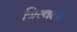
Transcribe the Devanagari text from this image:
त्रिस्थली